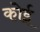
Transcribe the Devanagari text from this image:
कोई